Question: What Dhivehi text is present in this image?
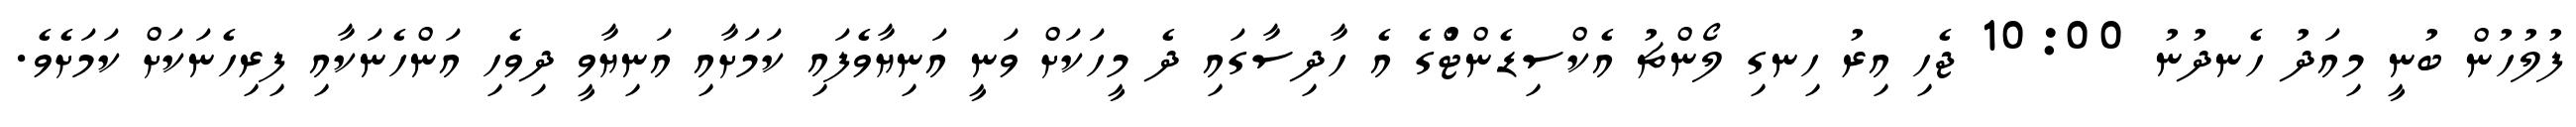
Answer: ފުލުހުން ބުނީ މިއަދު ހެނދުނު 10:00 ޖެހި އިރު ހިނގި ލޯންޗު އެކްސިޑެންޓްުގެ އެ ހާދިސާގައި ދެ މީހަކަށް ވަނީ އަނިޔާވެފައި ކަމަށާއި އަނިޔާވީ ދިވެހި އަންހެނަކާއި ފިރިހެނަކަށް ކަމަށެވެ.